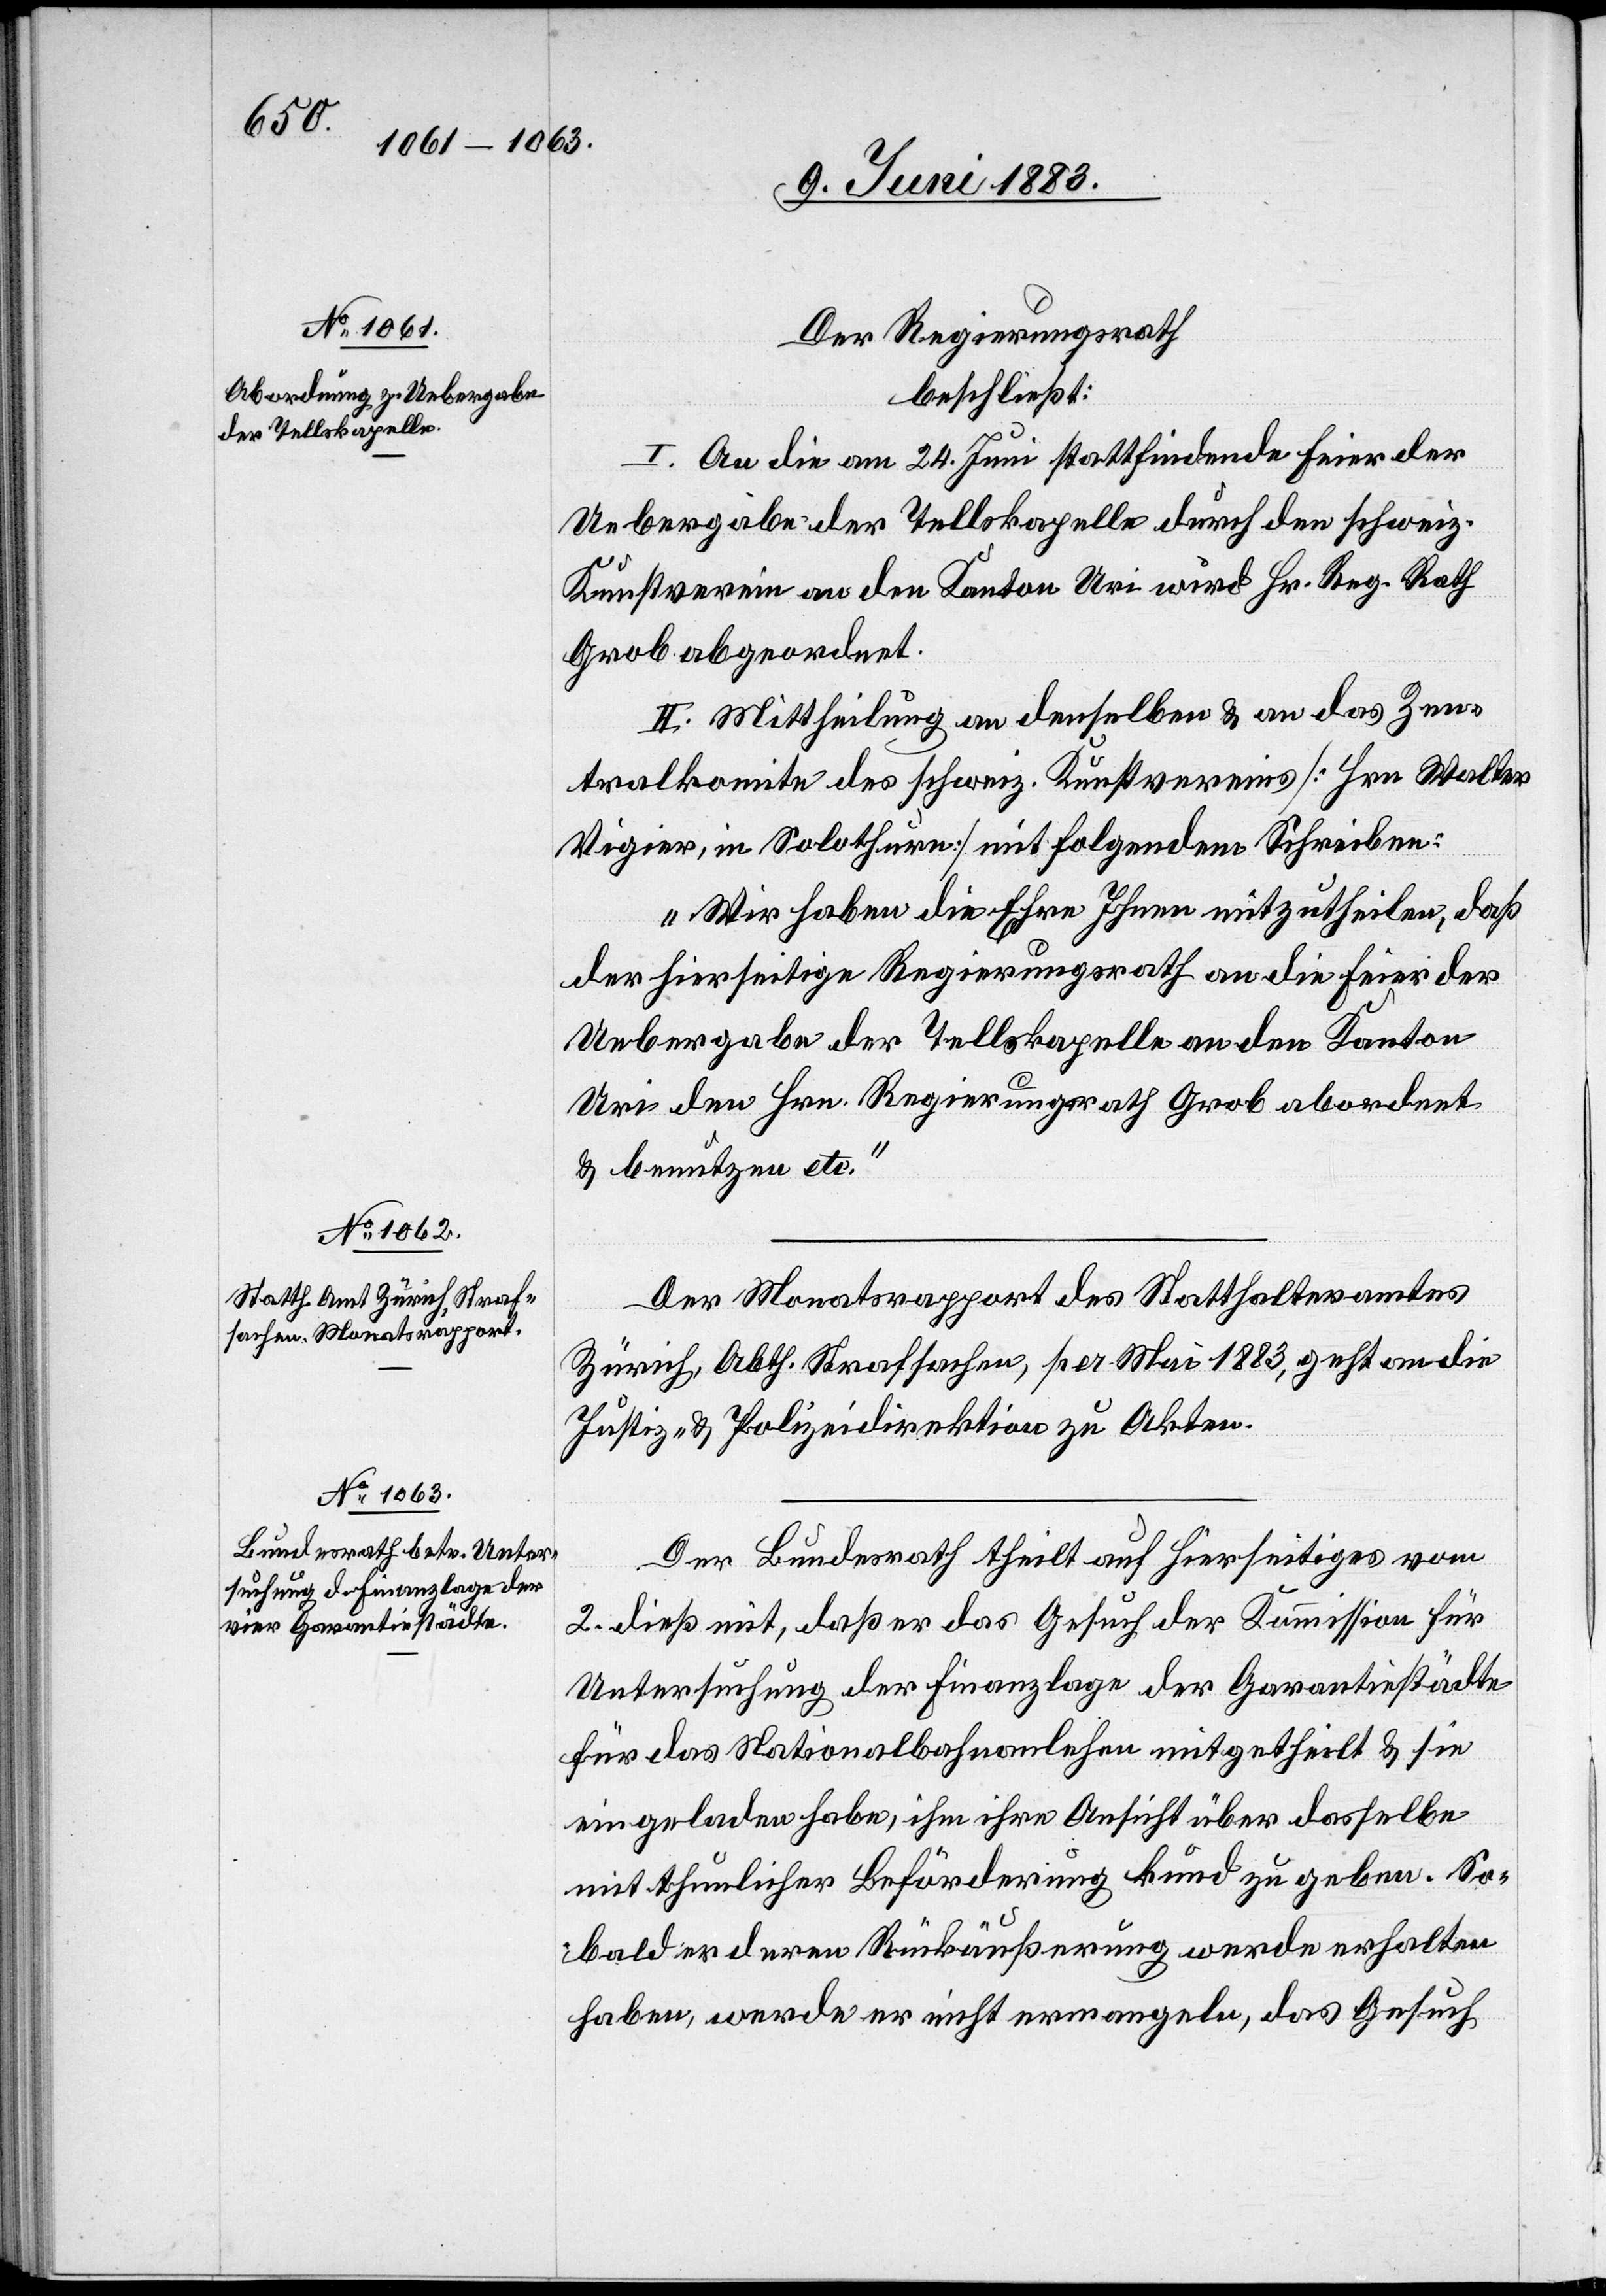
Der Regierungsrath
beschließt:
I. An die am 24. Juni stattfindende Feier der
Uebergabe der Tellskapelle durch den schweiz.
Kunstverein an den Kanton Uri wird Hr. Reg. Rath
Grob abgeordnet.
II. Mittheilung an denselben & an das Zen¬
tralkomite des schweiz. Kunstvereins [Hrn. Walter
Virgier, in Solothurn] mit folgendem Schreiben:
„Wir haben die Ehre Ihnen mitzutheilen, daß
der hierseitige Regierungsrath an die Feier der
Uebergabe der Tellskapelle an den Kanton
Uri den Hrn. Regierungsrath Grob abordnet
und benutzen etc.“
Der Monatsrapport des Statthalteramtes
Zürich, Abth. Strafsachen, per Mai 1883, geht an die
Justiz- & Polizeidirektion zu Akten.
Der Bundesrath theilt auf hierseitiges vom
2. dieß mit, daß er das Gesuch der Kommission für
Untersuchung der Finanzlage der Garantiestädte
für das Nationalbananle[i]hen mitgetheilt & sie
eingeladen habe, ihm ihre Ansicht über dasselbe
mit thunlicher Beförderung kund zu geben. So¬
bald er deren Rückäußerung werde erhalten
haben, werde er nicht ermangeln, das Gesuch